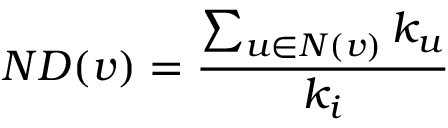
N D ( v ) = \frac { \sum _ { u \in N ( v ) } k _ { u } } { k _ { i } }